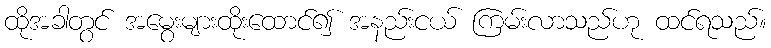
ထိုအခါတွင် အမွေးများထိုးထောင်၍ အနည်းငယ် ကြမ်းလာသည်ဟု ထင်ရသည်။